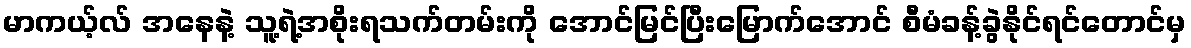
မာကယ့်လ် အနေနဲ့ သူ့ရဲ့အစိုးရသက်တမ်းကို အောင်မြင်ပြီးမြောက်အောင် စီမံခန့်ခွဲနိုင်ရင်တောင်မှ